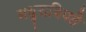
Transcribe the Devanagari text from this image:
मधुराधिपते